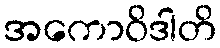
အကောဝိဒါတိ